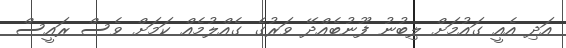
އަދި އެއީ ގައުމަށް ލިބުނު ފޫނުބެއްދޭ ވަރުގެ ގެއްލުމެއް ކަމަށް ވެސް ރައީސް